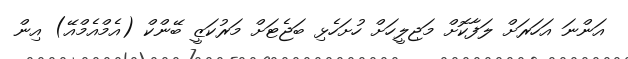
އަންނަ އަހަރަށް ލަފާކޮށް މަޖިލީހަށް ހުށަހެޅި ބަޖެޓަށް މަރުކަޒީ ބޭންކް (އެމްއެމްއޭ) އިން